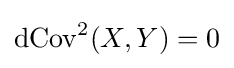
\operatorname {dCov} ^{2}(X,Y)=0